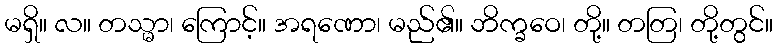
မရှိ။ လ။ တသ္မာ၊ ကြောင့်။ အရဏော၊ မည်၏။ ဘိက္ခဝေ၊ တို့။ တတြ၊ တို့တွင်။